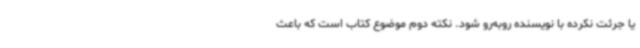
یا جرئت نکرده با نویسنده روبه‌رو شود. نکته دوم موضوع کتاب است که باعث